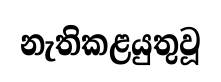
නැතිකළයුතුවූ